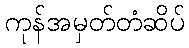
ကုန်အမှတ်တံဆိပ်